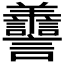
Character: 𦏯